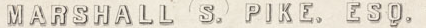
MARSHALL S. PIKE. ESQ.